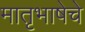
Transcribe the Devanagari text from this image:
मातृभाषेचे